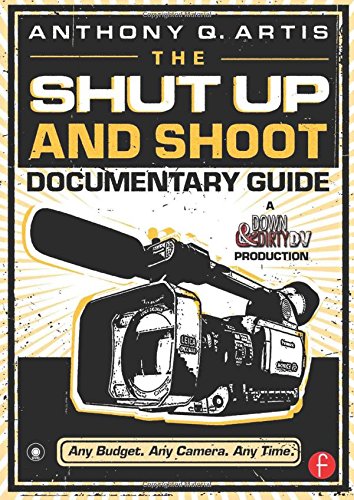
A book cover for The Shut Up and Shoot Documentary Guide: A Down & Dirty DV Production; Anthony Q. Artis; Humor & Entertainment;